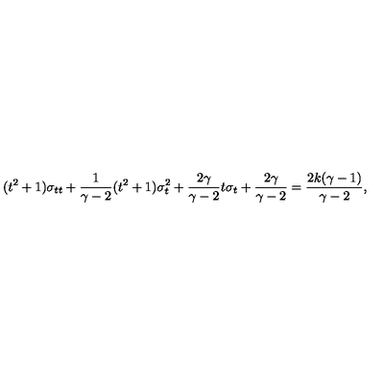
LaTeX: ( t ^ { 2 } + 1 ) \sigma _ { t t } + { \frac { 1 } { \gamma - 2 } } ( t ^ { 2 } + 1 ) \sigma _ { t } ^ { 2 } + { \frac { 2 \gamma } { \gamma - 2 } } t \sigma _ { t } + { \frac { 2 \gamma } { \gamma - 2 } } = { \frac { 2 k ( \gamma - 1 ) } { \gamma - 2 } } ,